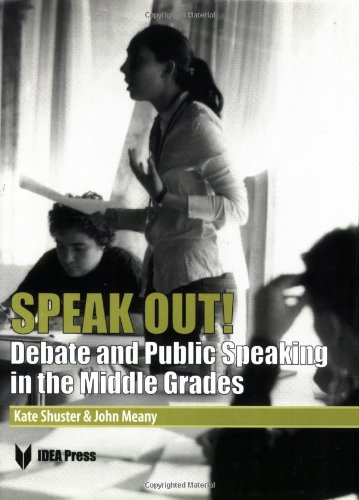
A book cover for Speak Out! Debate and Public Speaking in the Middle Grades; John Meany; Reference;